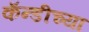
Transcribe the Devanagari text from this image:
कॅन्डीच्या